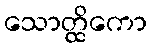
သောတ္ထိကော